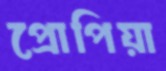
প্রোপিয়া